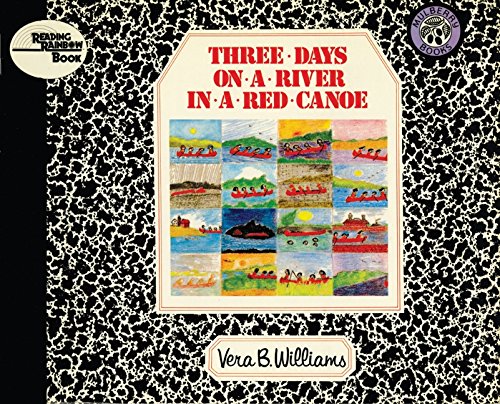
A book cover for Three Days on a River in a Red Canoe (Reading Rainbow Books); Vera B. Williams; Sports & Outdoors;